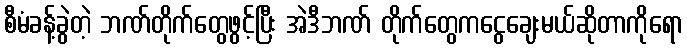
စီမံခန့်ခွဲတဲ့ ဘဏ်တိုက်တွေဖွင့်ပြီး အဲဒီဘဏ် တိုက်တွေကငွေချေးမယ်ဆိုတာကိုရော